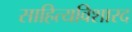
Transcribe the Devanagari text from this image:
साहित्यविशारद